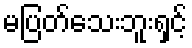
မပြတ်သေးဘူးရှင့်